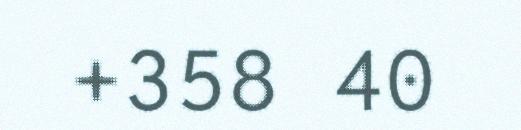
+358 40